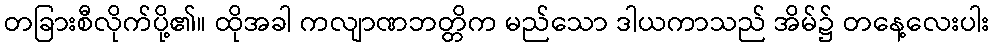
တခြားစီလိုက်ပို့၏။ ထိုအခါ ကလျာဏဘတ္တိက မည်သော ဒါယကာသည် အိမ်၌ တနေ့လေးပါး